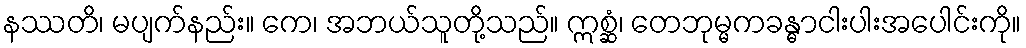
နဿတိ၊ မပျက်နည်း။ ကေ၊ အဘယ်သူတို့သည်။ ဣစ္ဆံ၊ တေဘုမ္မကခန္ဓာငါးပါးအပေါင်းကို။